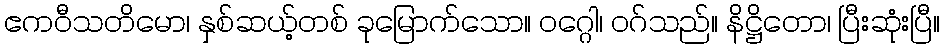
ဧကဝီသတိမော၊ နှစ်ဆယ့်တစ် ခုမြောက်သော။ ဝဂ္ဂေါ၊ ဝဂ်သည်။ နိဋ္ဌိတော၊ ပြီးဆုံးပြီ။